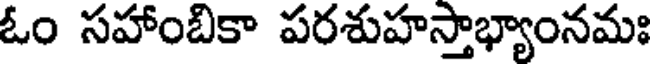
ఓం సహాంబికా పరశుహస్తాభ్యాంనమః